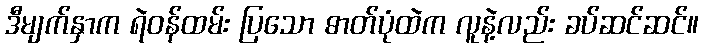
ဒီမျက်နှာက ရဲဝန်ထမ်း ပြသော ဓာတ်ပုံထဲက လူနဲ့လည်း ခပ်ဆင်ဆင်။